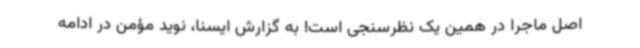
اصل ماجرا در همین یک نظرسنجی است! به گزارش ایسنا، نوید مؤمن در ادامه